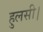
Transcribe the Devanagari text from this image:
हुलसी।